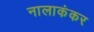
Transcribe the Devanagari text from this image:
नालाकंकर